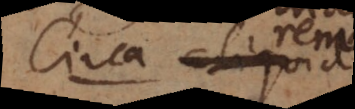
Circa aliquid